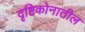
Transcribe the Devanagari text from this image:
दृष्टिकोनातील